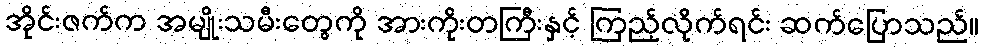
အိုင်းဇက်က အမျိုးသမီးတွေကို အားကိုးတကြီးနှင့် ကြည့်လိုက်ရင်း ဆက်ပြောသည်။